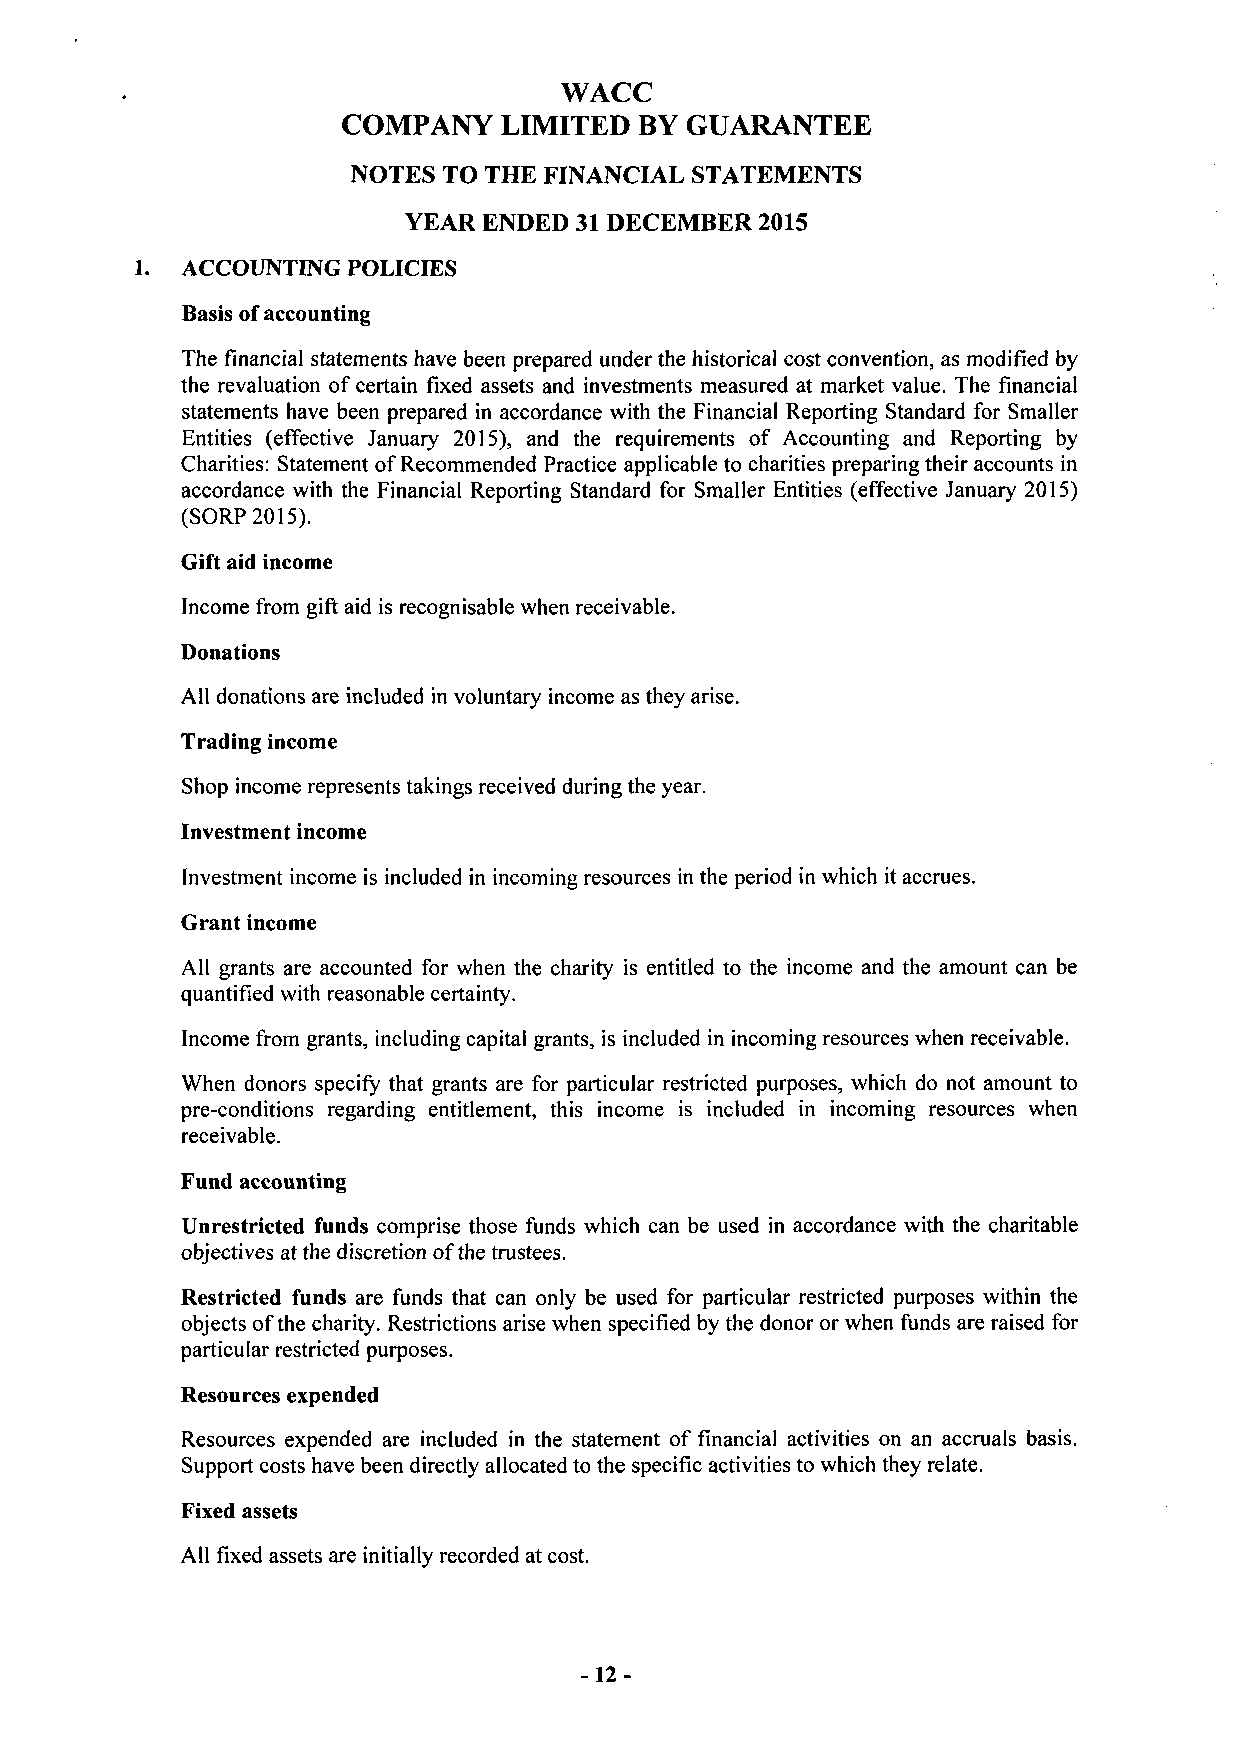
WACC
 COMPANY   LIMITED  BY GUARANTEE
 NOTES TO THE FINANCIAL STATEMENTS
 YEAR ENDED 31 DECEMBER 2015
 1. ACCOUNTING POLICES
 Basis of accounting
 The financial statements have been prepared under the historical cost convention, as modified by
 the revaluation of certain fixed assets and investments measured at market value. The financial
 statements have been prepared in accordance with the Financial Reporting Standard for Smaller
 Entities (effective January 2015), and the requirements of Accounting and Reporting by
 Charities: Statement of Recommended Practice applicable to charities preparing their accounts in
 accordance with the Financial Reporting Standard for Smaller Entities (effective January 2015)
 (SORP 2015).
 Gift aid income
 Income from gift aid is recognisable when receivable.
 Donations
 All donations are included in voluntary income as they arise.
 Trading income
 Shop income represents takings received during the year.
 Investment income
 Investment income is included in incoming resources in the period in which it accrues.
 Grant income
 All grants are accounted for when the charity is entitled to the income and the amount can be
 quantified with reasonable certainty.
 Income from grants, including capital grants, is included in incoming resources when receivable.
 When donors specify that grants are for particular restricted purposes, which do not amount to
 pre-conditions regarding entitlement, this income is included in incoming resources when
 receivable.
 Fund accounting
 Unrestricted funds comprise those funds which can be used in accordance with the charitable
 objectives at the discretion of the trustees.
 Restricted funds are funds that can only be used for particular restricted purposes within the
 objects of the charity. Restrictions arise when specified by the donor or when funds are raised for
 particular restricted purposes.
 Resources expended
 Resources expended are included in the statement of financial activities on an accruals basis.
 Support costs have been directly allocated to the specific activities to which they relate.
 Fixed assets
 All fixed assets are initially recorded at cost.
 - 12-